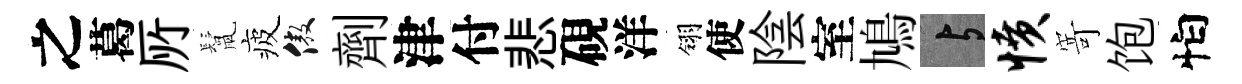
之葛𠩄鬛疲傲劑津付悲硯洋翎使陰室鳩与愤𭔃饱怕